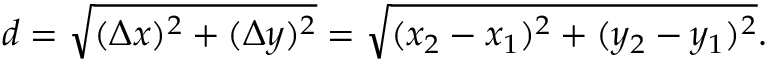
d = { \sqrt { ( \Delta x ) ^ { 2 } + ( \Delta y ) ^ { 2 } } } = { \sqrt { ( x _ { 2 } - x _ { 1 } ) ^ { 2 } + ( y _ { 2 } - y _ { 1 } ) ^ { 2 } } } .